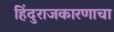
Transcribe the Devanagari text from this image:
हिंदुराजकारणाचा